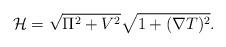
LaTeX: \begin{align*}{\cal H} = \sqrt{\Pi ^2 + V^2}\sqrt{1 + (\nabla T)^2}.\end{align*}